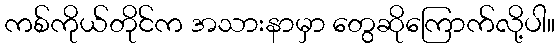
ကစ်ကိုယ်တိုင်က အသားနာမှာ တွေဆိုကြောက်လို့ပါ။